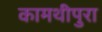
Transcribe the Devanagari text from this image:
कामथीपुरा